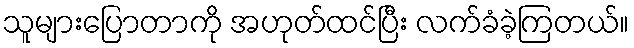
သူများပြောတာကို အဟုတ်ထင်ပြီး လက်ခံခဲ့ကြတယ်။